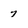
Character: 7